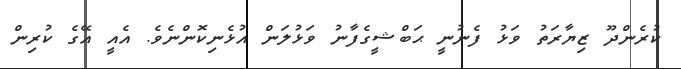
ކުރެންދޫ ޒިޔާރަތު ވަޅު ފެނުނީ ޙަބްޝީގެފާނު ވަޅުލަން އުޅެނިކޮންނެވެ. އެއީ އޭގެ ކުރިން